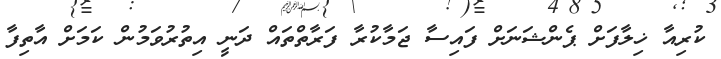
ކުރިއާ ޚިލާފަށް ޕެންޝަނަށް ފައިސާ ޖަމާކުރާ ފަރާތްތައް ދަނީ އިތުރުވަމުން ކަމަށް އާތިފާ